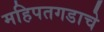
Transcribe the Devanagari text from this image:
महिपतगडाचे